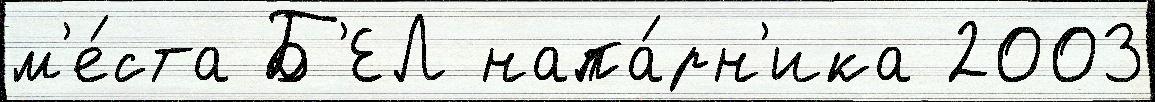
м'е́ста Б'ЕЛ напа́рн'ика 2003